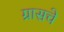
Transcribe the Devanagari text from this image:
ग्रासचे